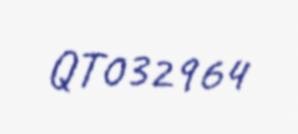
QT032964